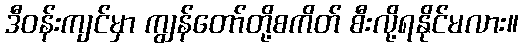
ဒီဝန်းကျင်မှာ ကျွန်တော်တို့စကိတ် စီးလို့ရနိုင်မလား။